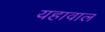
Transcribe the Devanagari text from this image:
यहावाल